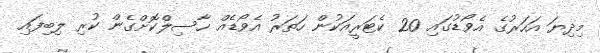
މިދިޔަ އަހަރުގެ އެވޯޑުގައި 20 ކެޓަރީއަކުން ހަތަރު އެވޯޑެއް ހާސިލްކޮށްގެން ކުރި ލިބިފައި